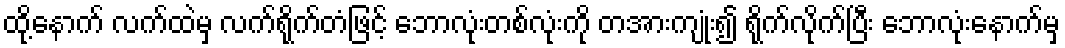
ထို့နောက် လက်ထဲမှ လက်ရိုက်တံဖြင့် ဘောလုံးတစ်လုံးကို တအားကျုံး၍ ရိုက်လိုက်ပြီး ဘောလုံးနောက်မှ